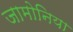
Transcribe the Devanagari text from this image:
जामोनिया